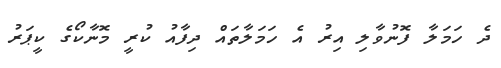
ދެ ހަމަލާ ފޮނުވާލި އިރު އެ ހަމަލާތައް ދިފާއު ކުރީ މޮނާކޯގެ ކީޕަރު